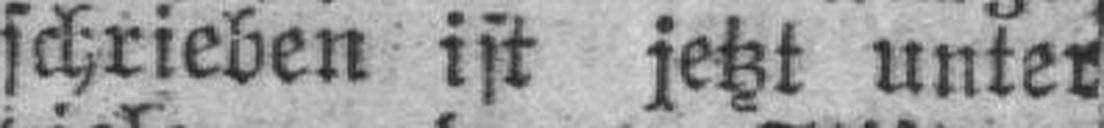
schrieben ist jetzt unter